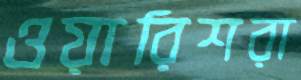
ওয়ারিশরা